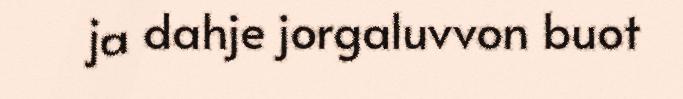
ja dahje jorgaluvvon buot